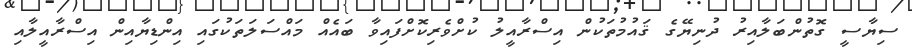
ސިޔާސީ ގޮތުންބަލާއިރު ދުނިޔޭގެ ޤައުމުތަކުން އިސްރާއީލު ކުށްވެރިކޮށްފައިވާ ބައެއް މައްސަލަތަކުގައި އިންޑިޔާއިން އިސްރާއީލާއި